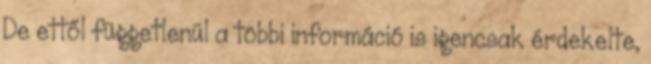
De ettől függetlenül a többi információ is igencsak érdekelte,